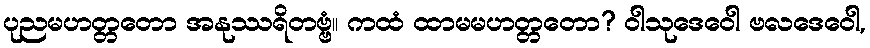
ပုညမဟတ္တတော အနုဿရိတဗ္ဗံ။ ကထံ ထာမမဟတ္တတော? ဝါသုဒေဝေါ ဗလဒေဝေါ,